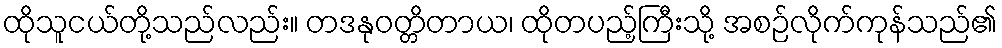
ထိုသူငယ်တို့သည်လည်း။ တဒနုဝတ္တိတာယ၊ ထိုတပည့်ကြီးသို့ အစဉ်လိုက်ကုန်သည်၏